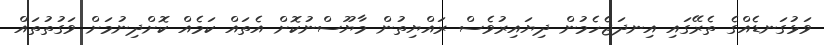
ވަޅުގަނޑެއްގެ ތެރޭގައި އިނދަޖެހެމުން ދިޔައިރުވެސް ރައްޔިތުން މާޔޫސްނުކޮށް އެތައް ކަމެއް ކޮށްދިނުމަށް ވަގުތުތައް